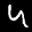
Label: 4